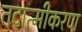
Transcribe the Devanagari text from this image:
तदात्मीकरण